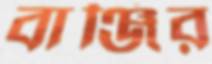
বাঞ্জির